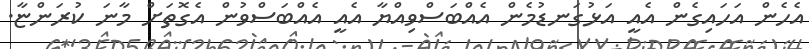
އެހެން އަހައިގެން އެއީ އަޅުގަނޑުމެން އެއްބަސްވިއްޔާ އެއީ އެއްބަސްވުން އެގޮތަށް މާނަ ކުރަންޏާ.